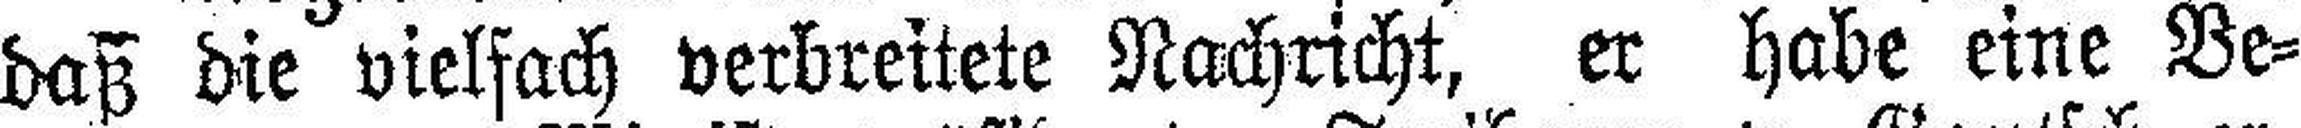
daß die vielfach verbreitete Nachricht, er habe eine Ve¬